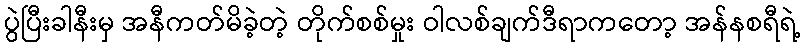
ပွဲပြီးခါနီးမှ အနီကတ်မိခဲ့တဲ့ တိုက်စစ်မှုး ဝါလစ်ချက်ဒီရာကတော့ အန်နစရီရဲ့